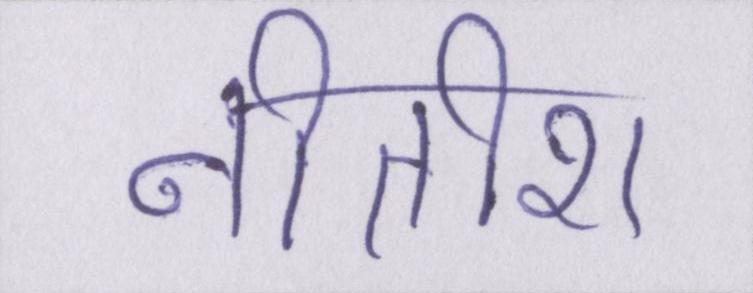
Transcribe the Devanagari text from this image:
नीतीश